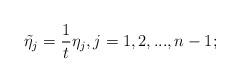
LaTeX: \begin{align*}\tilde{\eta}_j=\frac{1}{t}\eta_j, j=1,2,...,n-1;\end{align*}